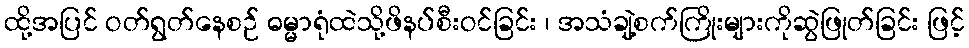
ထို့အပြင် ဝတ်ရွတ်နေစဉ် ဓမ္မာရုံထဲသို့ဖိနပ်စီးဝင်ခြင်း ၊ အသံချဲ့စက်ကြိုးများကိုဆွဲဖြုတ်ခြင်း ဖြင့်